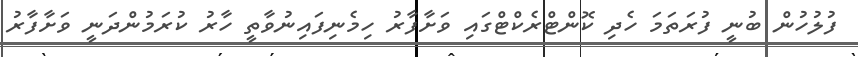
ފުލުހުން ބުނީ ފުރަތަމަ ހެދި ކޮންޓްރެކްޓްގައި ވަށާފާރު ހިމެނިފައިނުވާތީ ހާރު ކުރަމުންދަނީ ވަށާފާރު